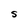
Character: S